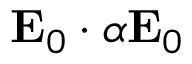
\mathbf { E } _ { 0 } \cdot \boldsymbol { \alpha } \mathbf { E } _ { 0 }